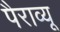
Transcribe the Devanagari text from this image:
पैराव्यू